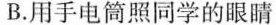
B.用手电筒照同学的眼睛